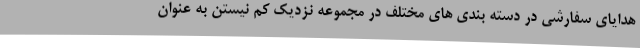
هدایای سفارشی در دسته بندی های مختلف در مجموعه نزدیک کم نیستن به عنوان